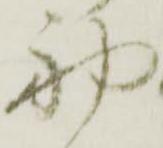
初